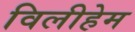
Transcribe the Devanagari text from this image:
विलीहेम